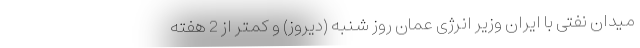
میدان نفتی با ایران وزیر انرژی عمان روز شنبه (دیروز) و کمتر از 2 هفته